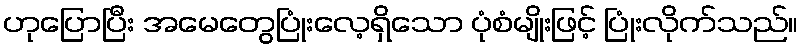
ဟုပြောပြီး အမေတွေပြုံးလေ့ရှိသော ပုံစံမျိုးဖြင့် ပြုံးလိုက်သည်။